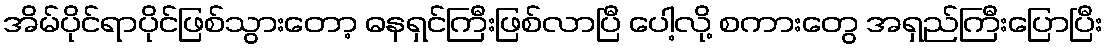
အိမ်ပိုင်ရာပိုင်ဖြစ်သွားတော့ ဓနရှင်ကြီးဖြစ်လာပြီ ပေါ့လို့ စကားတွေ အရှည်ကြီးပြောပြီး